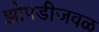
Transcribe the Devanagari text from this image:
झोपडीजवळ